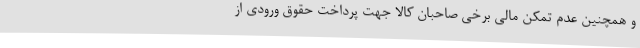
و همچنین عدم تمکن مالی برخی صاحبان کالا جهت پرداخت حقوق ورودی از